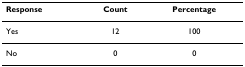
<table><thead><tr><td><b>Response</b></td><td><b>Count</b></td><td><b>Percentage</b></td></tr></thead><tbody><tr><td>Yes</td><td>12</td><td>100</td></tr><tr><td>No</td><td>0</td><td>0</td></tr></tbody></table>